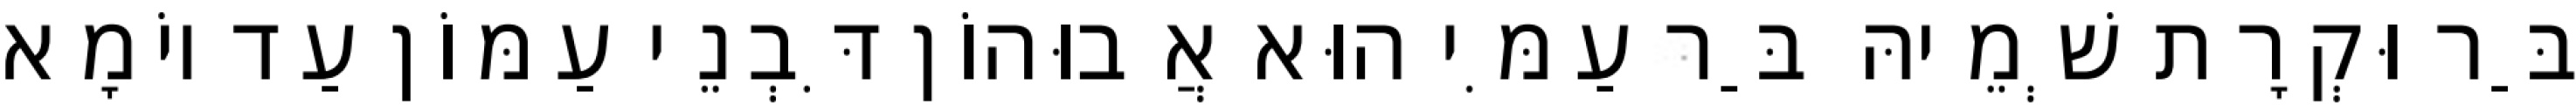
בַּר וּקְרָת שְׁמֵיהּ בַּר עַמִּי הוּא אֲבוּהוֹן דִּבְנֵי עַמּוֹן עַד יוֹמָא